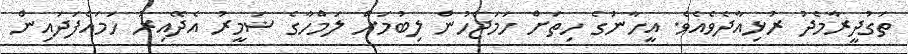
ތަގުދީރާމެދު ރުޅިއާދެވެއެވެ. އީހާނުގެ ހިތަށް ހަމަޖެހުން ލިބުމަށް ލަމްހާގެ ޟަމީރު އެދޭއިރު ހަމައެފަދައިން